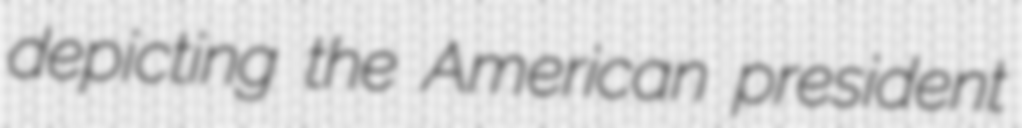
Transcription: depicting the American president